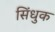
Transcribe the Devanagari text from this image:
सिंधुक